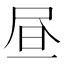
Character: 昼